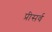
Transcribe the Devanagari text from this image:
प्रीसर्व